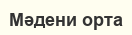
Мәдени орта